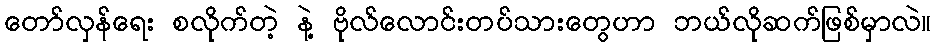
တော်လှန်ရေး စလိုက်တဲ့ နဲ့ ဗိုလ်လောင်းတပ်သားတွေဟာ ဘယ်လိုဆက်ဖြစ်မှာလဲ။